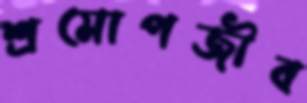
শ্রমোপজীব